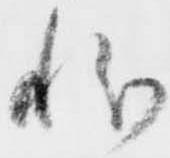
状